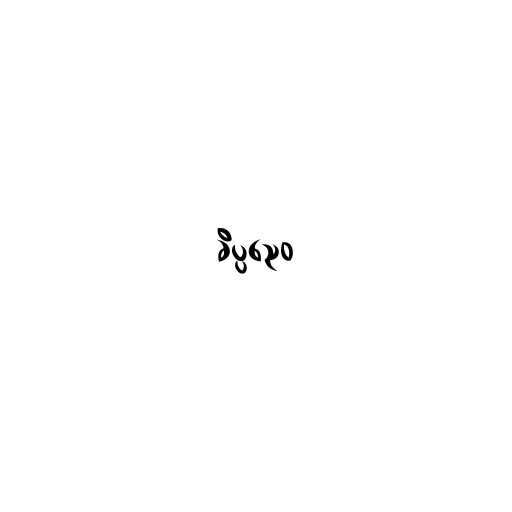
ခိပ္ပညေဝ